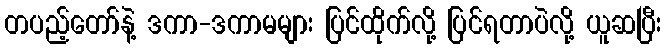
တပည့်တော်နဲ့ ဒကာ-ဒကာမများ ပြင်ထိုက်လို့ ပြင်ရတာပဲလို့ ယူဆပြီး